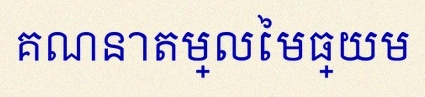
គណនាតម្លៃមធ្យម